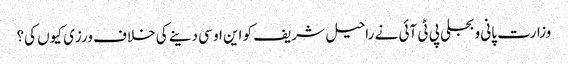
وزارت پانی و بجلی پی ٹی آئی نے راحیل شریف کو این او سی دینے کی خلاف ورزی کیوں کی؟